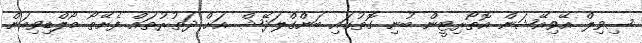
ސިވިލް އޭވިއޭޝަން އޮތޯރިޓީން ބުނި ގޮތުގައި ބަންގްލަދޭޝް އަށް ދަތުރުތައް ފެށޭތޯ މޯލްޑިވިއަން